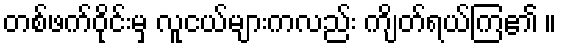
တစ်ဖက်ဝိုင်းမှ လူငယ်များကလည်း ကျိတ်ရယ်ကြ၏ ။